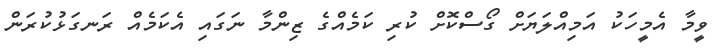
ވީމާ އެމީހަކު އަމިއްލަޔަށް ގޯސްކޮށް ކުރި ކަމެއްގެ ޒިންމާ ނަގައި އެކަމެއް ރަނގަޅުކުރަން